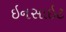
ઇનસાઇટ